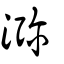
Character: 瀰